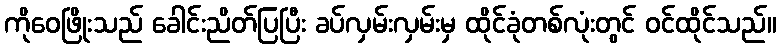
ကိုဝေဖြိုးသည် ခေါင်းညိတ်ပြပြီး ခပ်လှမ်းလှမ်းမှ ထိုင်ခုံတစ်လုံးတွင် ဝင်ထိုင်သည်။